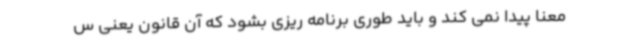
معنا پیدا نمی کند و باید طوری برنامه ریزی بشود که آن قانون یعنی س